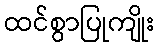
ထင်စွာပြုကျိုး